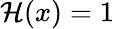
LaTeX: {\mathcal H}(x)=1